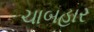
ચાબહાર